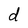
Character: d